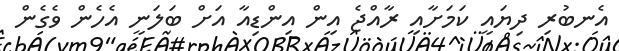
އެނބުރި ދިޔައީ ކަމަށާއި ރާއްޖެ އިން އިންޑިއާ އަށް ބަލަނީ އެހެން ވެގެން